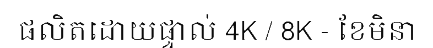
ផលិតដោយផ្ទាល់ 4K / 8K - ខែមិនា